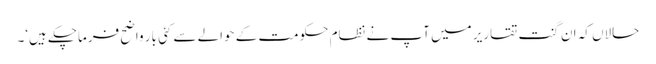
حالاں کہ ان گنت تقاریر میں آپ نے نظام حکومت کے حوالے سے کئی بار واضح فرماچکے ہیں‘۔